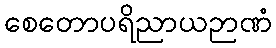
စေတောပရိညာယဉာဏံ